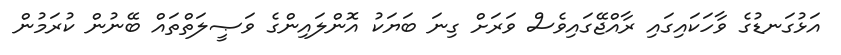
އަޅުގަނޑުގެ ވާހަކައިގައި ރާއްޖޭގައިވެސް ވަރަށް ގިނަ ބަޔަކު އޮންލައިންގެ ވަޞީލަތްތައް ބޭނުން ކުރަމުން